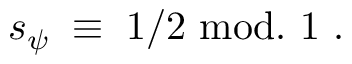
s _ { \psi } \; \equiv \; 1 / 2 ~ \mathrm { m o d . ~ } 1 ~ .